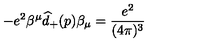
- e ^ { 2 } \beta ^ { \mu } \widehat { d } _ { + } ( p ) \beta _ { \mu } = \frac { e ^ { 2 } } { ( 4 \pi ) ^ { 3 } }